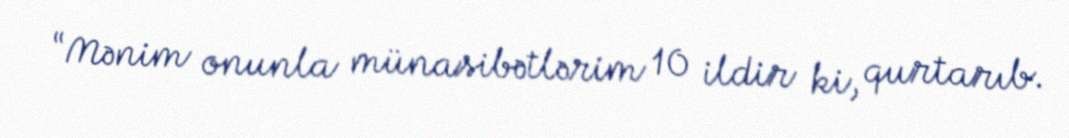
“Mənim onunla münasibətlərim 10 ildir ki, qurtarıb.